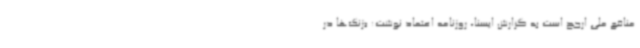
منافع ملی ارجح است به گزارش ایسنا، روزنامه اعتماد نوشت: «زنگ‌ها در